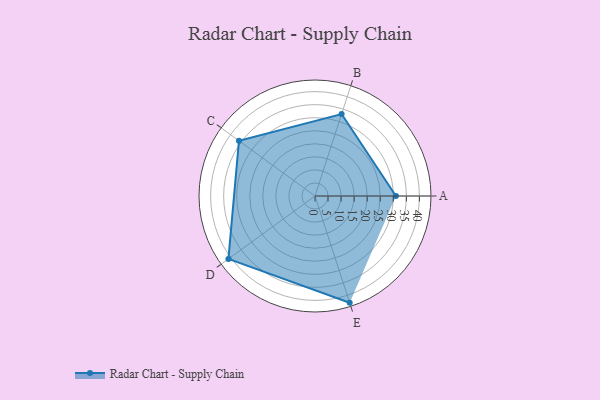
{"axis": {"x": "Skill", "y": "Score"}, "legend": ["Profile"], "data": [{"x": "A", "y": 31.0, "type": "Profile"}, {"x": "B", "y": 33.0, "type": "Profile"}, {"x": "C", "y": 36.0, "type": "Profile"}, {"x": "D", "y": 41.0, "type": "Profile"}, {"x": "E", "y": 43.0, "type": "Profile"}]}